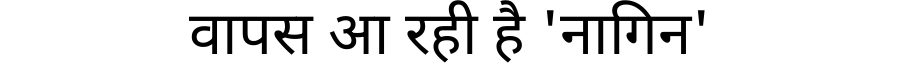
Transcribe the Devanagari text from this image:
वापस आ रही है 'नागिन'